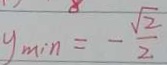
y _ { \min } = - \frac { \sqrt { 2 } } { 2 }